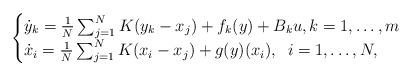
LaTeX: \begin{align*} \begin{cases}\dot{y}_k = \frac{1}{N}\sum^N_{j = 1}K(y_k - x_j) + f_k(y)+B_k u, k = 1, \ldots, m \\\dot{x}_i = \frac{1}{N}\sum^N_{j = 1}K(x_i - x_j) + g(y)(x_i), \; \; i = 1, \ldots, N,\end{cases}\end{align*}